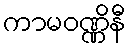
ကာမဝဏ္ဏိနီ